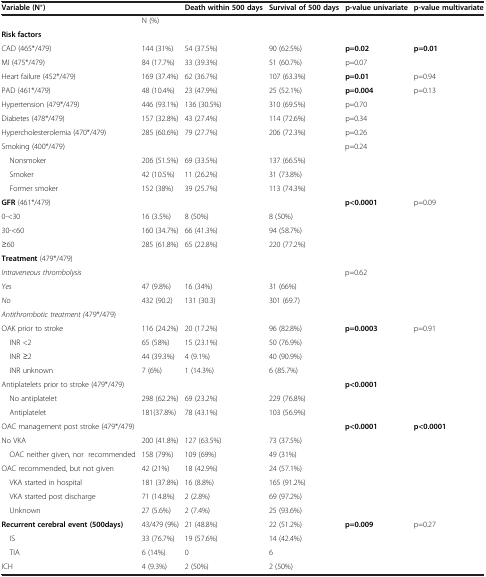
<table><thead><tr><td colspan="2"><b>Variable (N*)</b></td><td><b>Death within 500 days</b></td><td><b>Survival of 500 days</b></td><td><b>p-value univariate</b></td><td><b>p-value multivariate</b></td></tr></thead><tbody><tr><td></td><td>N (%)</td><td></td><td></td><td></td><td></td></tr><tr><td><b>Risk factors</b></td><td></td><td></td><td></td><td></td><td></td></tr><tr><td>CAD (465*/479)</td><td>144 (31%)</td><td>54 (37.5%)</td><td>90 (62.5%)</td><td><b>p=0.02</b></td><td><b>p=0.01</b></td></tr><tr><td>MI (475*/479)</td><td>84 (17.7%)</td><td>33 (39.3%)</td><td>51 (60.7%)</td><td>p=0.07</td><td></td></tr><tr><td>Heart failure (452*/479)</td><td>169 (37.4%)</td><td>62 (36.7%)</td><td>107 (63.3%)</td><td><b>p=0.01</b></td><td>p=0.94</td></tr><tr><td>PAD (461*/479)</td><td>48 (10.4%)</td><td>23 (47.9%)</td><td>25 (52.1%)</td><td><b>p=0.004</b></td><td>p=0.13</td></tr><tr><td>Hypertension (479*/479)</td><td>446 (93.1%)</td><td>136 (30.5%)</td><td>310 (69.5%)</td><td>p=0.70</td><td></td></tr><tr><td>Diabetes (478*/479)</td><td>157 (32.8%)</td><td>43 (27.4%)</td><td>114 (72.6%)</td><td>p=0.34</td><td></td></tr><tr><td>Hypercholesterolemia (470*/479)</td><td>285 (60.6%)</td><td>79 (27.7%)</td><td>206 (72.3%)</td><td>p=0.26</td><td></td></tr><tr><td>Smoking (400*/479)</td><td></td><td></td><td></td><td rowspan="4">p=0.24</td><td></td></tr><tr><td> Nonsmoker</td><td>206 (51.5%)</td><td>69 (33.5%)</td><td>137 (66.5%)</td><td></td></tr><tr><td> Smoker</td><td>42 (10.5%)</td><td>11 (26.2%)</td><td>31 (73.8%)</td><td></td></tr><tr><td> Former smoker</td><td>152 (38%)</td><td>39 (25.7%)</td><td>113 (74.3%)</td><td></td></tr><tr><td><b>GFR </b>(461*/479)</td><td></td><td></td><td></td><td><b>p&lt;0.0001</b></td><td>p=0.09</td></tr><tr><td>0-&lt;30</td><td>16 (3.5%)</td><td>8 (50%)</td><td>8 (50%)</td><td rowspan="3"></td><td rowspan="3"></td></tr><tr><td>30-&lt;60</td><td>160 (34.7%)</td><td>66 (41.3%)</td><td>94 (58.7%)</td></tr><tr><td>≥60</td><td>285 (61.8%)</td><td>65 (22.8%)</td><td>220 (77.2%)</td></tr><tr><td><b>Treatment </b>(479*/479)</td><td></td><td></td><td></td><td></td><td></td></tr><tr><td><i>Intraveneous thrombolysis</i></td><td></td><td></td><td></td><td>p=0.62</td><td></td></tr><tr><td><i>Yes</i></td><td>47 (9.8%)</td><td>16 (34%)</td><td>31 (66%)</td><td rowspan="2"></td><td></td></tr><tr><td><i>No</i></td><td>432 (90.2)</td><td>131 (30.3)</td><td>301 (69.7)</td><td></td></tr><tr><td><i>Antithrombotic treatment (</i>479*/479)</td><td></td><td></td><td></td><td></td><td></td></tr><tr><td>OAK prior to stroke</td><td>116 (24.2%)</td><td>20 (17.2%)</td><td>96 (82.8%)</td><td><b>p=0.0003</b></td><td>p=0.91</td></tr><tr><td> INR &lt;2</td><td>65 (58%)</td><td>15 (23.1%)</td><td>50 (76.9%)</td><td></td><td></td></tr><tr><td> INR ≥2</td><td>44 (39.3%)</td><td>4 (9.1%)</td><td>40 (90.9%)</td><td></td><td></td></tr><tr><td> INR unknown</td><td>7 (6%)</td><td>1 (14.3%)</td><td>6 (85.7%)</td><td></td><td></td></tr><tr><td>Antiplatelets prior to stroke (479*/479)</td><td></td><td></td><td></td><td><b>p&lt;0.0001</b></td><td></td></tr><tr><td> No antiplatelet</td><td>298 (62.2%)</td><td>69 (23.2%)</td><td>229 (76.8%)</td><td rowspan="2"></td><td></td></tr><tr><td> Antiplatelet</td><td>181(37.8%)</td><td>78 (43.1%)</td><td>103 (56.9%)</td><td></td></tr><tr><td>OAC management post stroke (479*/479)</td><td></td><td></td><td></td><td rowspan="7"><b>p&lt;0.0001</b></td><td rowspan="7"><b>p&lt;0.0001</b></td></tr><tr><td>No VKA</td><td>200 (41.8%)</td><td>127 (63.5%)</td><td>73 (37.5%)</td></tr><tr><td> OAC neither given, nor recommended</td><td>158 (79%)</td><td>109 (69%)</td><td>49 (31%)</td></tr><tr><td>OAC recommended, but not given</td><td>42 (21%)</td><td>18 (42.9%)</td><td>24 (57.1%)</td></tr><tr><td> VKA started in hospital</td><td>181 (37.8%)</td><td>16 (8.8%)</td><td>165 (91.2%)</td></tr><tr><td> VKA started post discharge</td><td>71 (14.8%)</td><td>2 (2.8%)</td><td>69 (97.2%)</td></tr><tr><td> Unknown</td><td>27 (5.6%)</td><td>2 (7.4%)</td><td>25 (93.6%)</td></tr><tr><td><b>Recurrent cerebral event (500days)</b></td><td>43/479 (9%)</td><td>21 (48.8%)</td><td>22 (51.2%)</td><td rowspan="4"><b>p=0.009</b></td><td rowspan="4">p=0.27</td></tr><tr><td> IS</td><td>33 (76.7%)</td><td>19 (57.6%)</td><td>14 (42.4%)</td></tr><tr><td> TIA</td><td>6 (14%)</td><td>0</td><td>6</td></tr><tr><td>ICH</td><td>4 (9.3%)</td><td>2 (50%)</td><td>2 (50%)</td></tr></tbody></table>